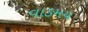
વાઙમય